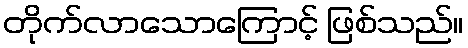
တိုက်လာသောကြောင့် ဖြစ်သည်။